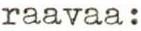
raavaa: